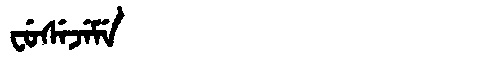
Manchu: ᠸᡠᠰᡝᠵᡝᠮᡝ
Romanization: FUSEJEME